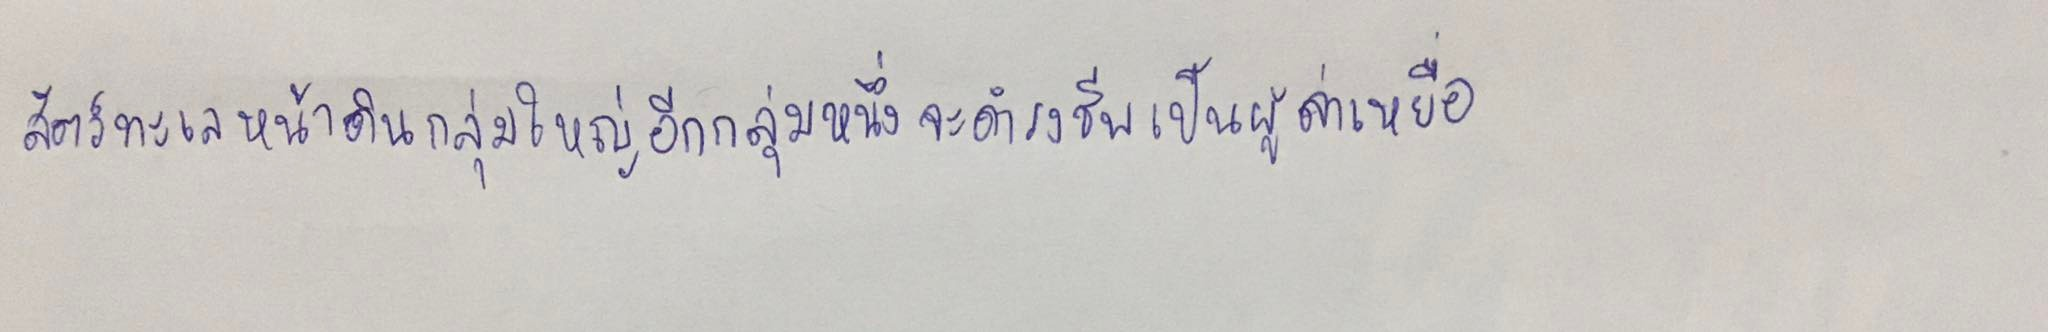
สัตว์ทะเลหน้าดินกลุ่มใหญ่อีกกลุ่มหนึ่งจะดำรงชีพเป็นผู้ล่าเหยื่อ